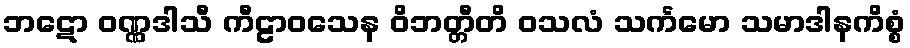
ဘဋော ဝဏ္ဏဒါသီ ကီဠာဝသေန ဝိဘတ္တီတိ ဝသလံ သင်္ကမော သမာဒါနကိစ္စံ